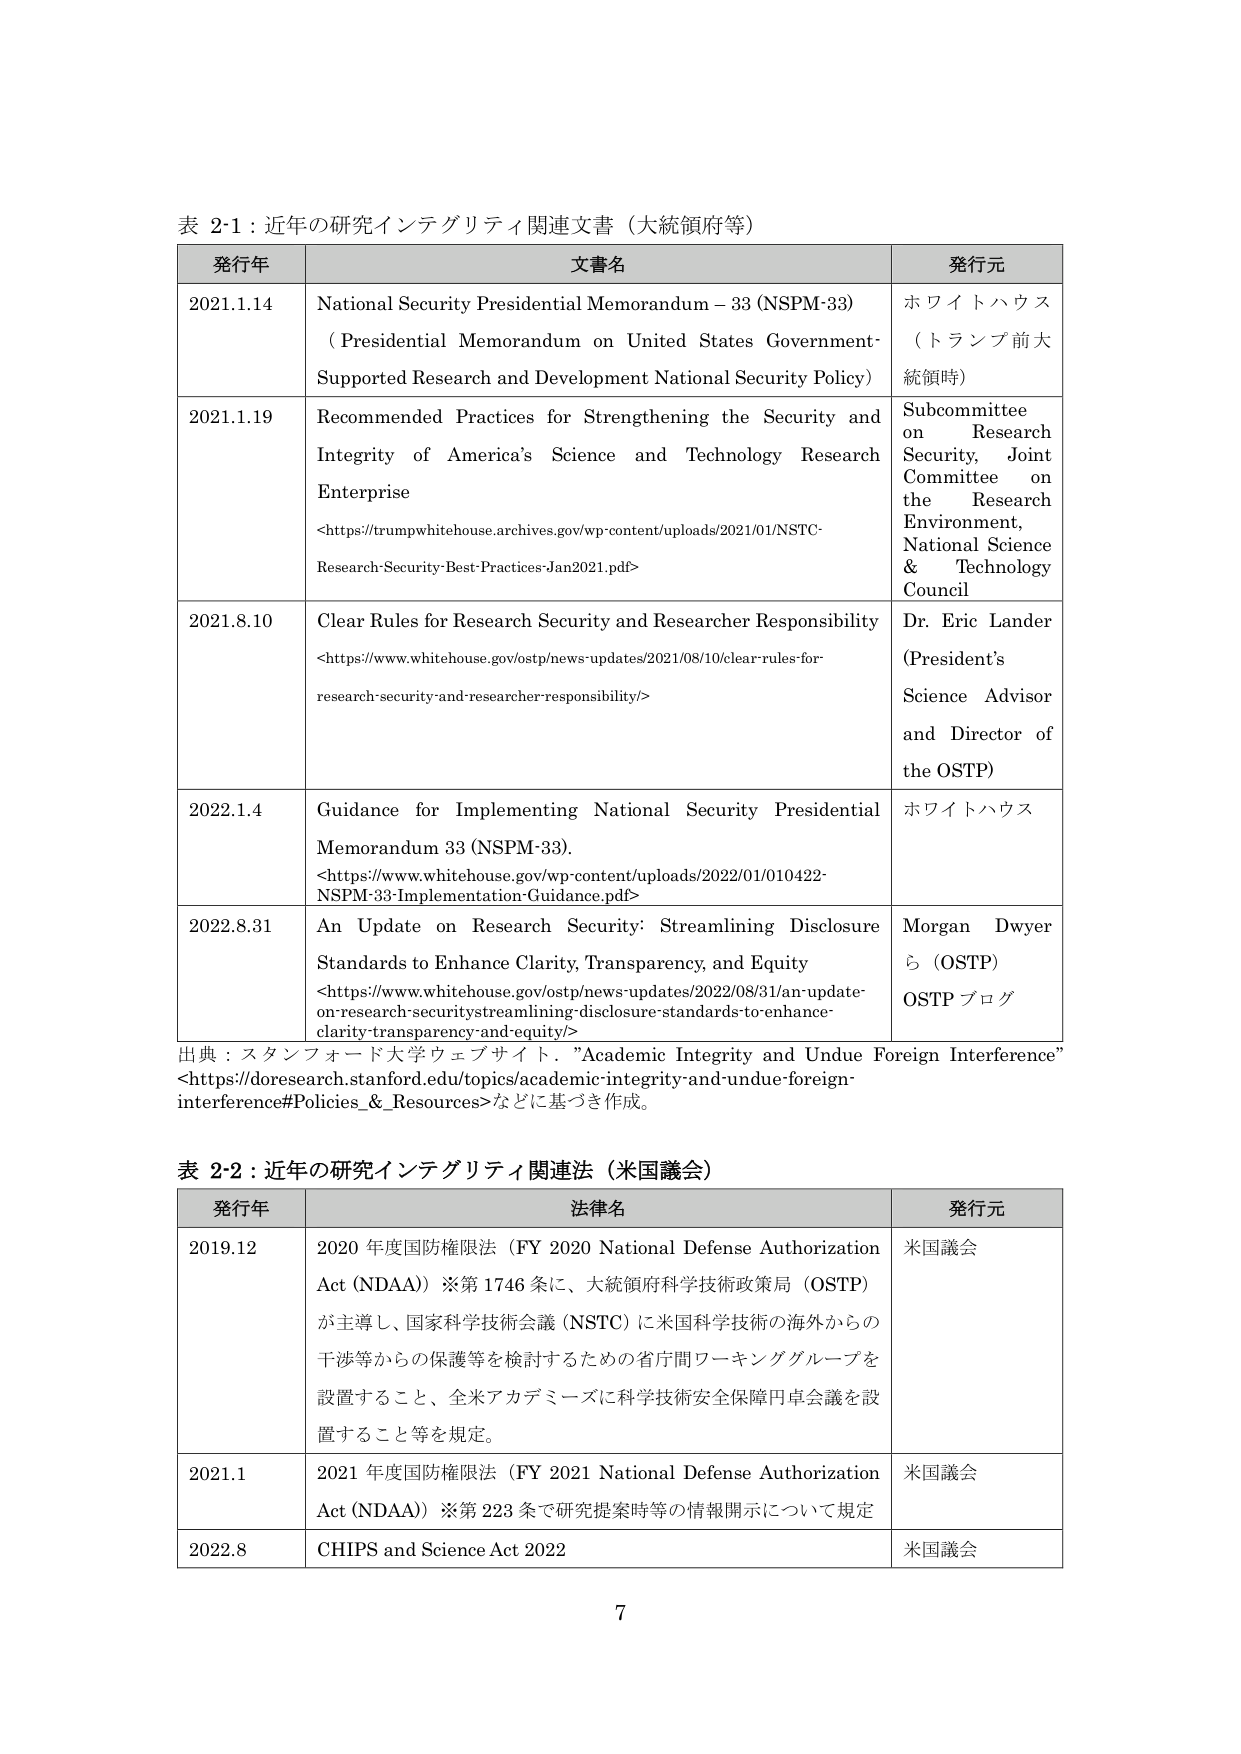
表 2-1：近年の研究インテグリティ関連文書（大統領府等）

発行年 文書名 発行元
2021.1.14 National Security Presidential Memorandum – 33 (NSPM-33) （Presidential Memorandum on United States Government-Supported Research and Development National Security Policy） ホワイトハウス（トランプ前大統領時）
2021.1.19 Recommended Practices for Strengthening the Security and Integrity of America’s Science and Technology Research Enterprise <https://trumpwhitehouse.archives.gov/wp-content/uploads/2021/01/NSTC-Research-Security-Best-Practices-Jan2021.pdf> Subcommittee on Research Security, Joint Committee on the Research Environment, National Science & Technology Council
2021.8.10 Clear Rules for Research Security and Researcher Responsibility <https://www.whitehouse.gov/ostp/news-updates/2021/08/10/clear-rules-for-research-security-and-researcher-responsibility/> Dr. Eric Lander (President’s Science Advisor and Director of the OSTP)
2022.1.4 Guidance for Implementing National Security Presidential Memorandum 33 (NSPM-33). <https://www.whitehouse.gov/wp-content/uploads/2022/01/010422-NSPM-33-Implementation-Guidance.pdf> ホワイトハウス
2022.8.31 An Update on Research Security: Streamlining Disclosure Standards to Enhance Clarity, Transparency, and Equity <https://www.whitehouse.gov/ostp/news-updates/2022/08/31/an-update-on-research-securitystreamlining-disclosure-standards-to-enhance-clarity-transparency-and-equity/> Morgan Dwyerら (OSTP) OSTP ブログ

出典：スタンフォード大学ウェブサイト．“Academic Integrity and Undue Foreign Interference” <https://doresearch.stanford.edu/topics/academic-integrity-and-undue-foreign-interference#Policies_&_Resources>などに基づき作成。

表 2-2：近年の研究インテグリティ関連法（米国議会）

発行年 法律名 発行元
2019.12 2020 年度国防権限法（FY 2020 National Defense Authorization Act (NDAA)）※第 1746 条に、大統領府科学技術政策局（OSTP）が主導し、国家科学技術会議（NSTC）に米国科学技術の海外からの干渉等からの保護等を検討するための省庁間ワーキンググループを設置すること、全米アカデミーズに科学技術安全保障円卓会議を設置すること等を規定。 米国議会
2021.1 2021 年度国防権限法（FY 2021 National Defense Authorization Act (NDAA)）※第 223 条で研究提案時等の情報開示について規定 米国議会
2022.8 CHIPS and Science Act 2022 米国議会

7